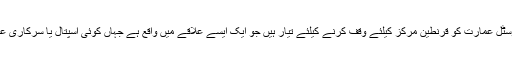
مفتی نے مزید کہا”ہم ہوسٹل عمارت کو قرنطین مرکز کیلئے وقف کرنے کیلئے تیار ہیں جو ایک ایسے علاقے میں واقع ہے جہاں کوئی اسپتال یا سرکاری عمارت موجود نہیں ہے“۔